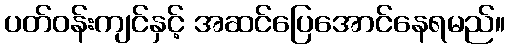
ပတ်ဝန်းကျင်နှင့် အဆင်ပြေအောင်နေရမည်။